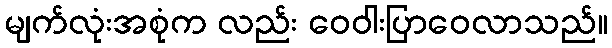
မျက်လုံးအစုံက လည်း ဝေဝါးပြာဝေလာသည်။